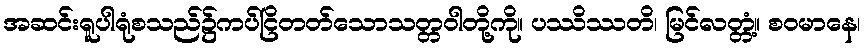
အဆင်းရူပါရုံစသည်၌ကပ်ငြိတတ်သောသတ္တဝါတို့ကို။ ပဿိဿတိ၊ မြင်လတ္တံ့။ စဝမာနေ၊